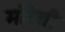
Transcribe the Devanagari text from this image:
मोरेत्ती